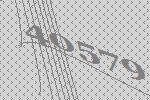
40579